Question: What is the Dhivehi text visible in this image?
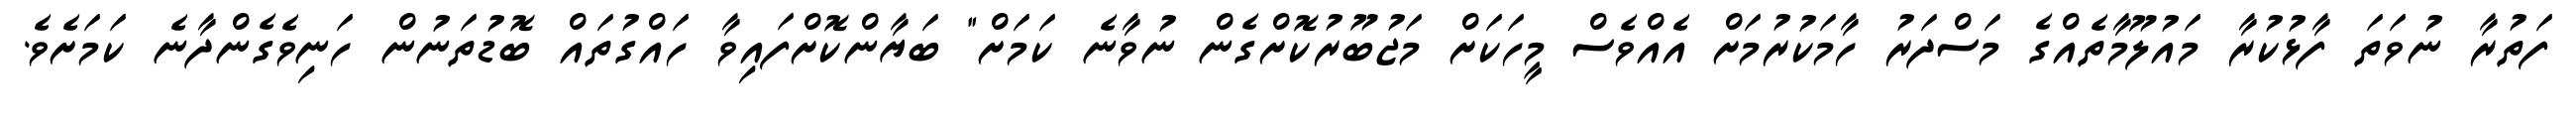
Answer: ފަތުރާ ނުވަތަ ފާޅުކުރާ މައުލޫމާތެއްގެ މަސްދަރު ހާމަކުރުމަށް އެއްވެސް މީހަކަށް މަޖުބޫރުކޮށްގެން ނުވާނެ ކަމަށް" ބަޔާންކޮށްފައިވާ ހައްގުތައް ބޮޑުތަނުން ހަނިވެގެންދާނެ ކަމަށެވެ.